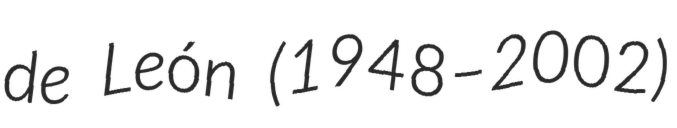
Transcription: de León (1948–2002)